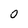
Character: 0